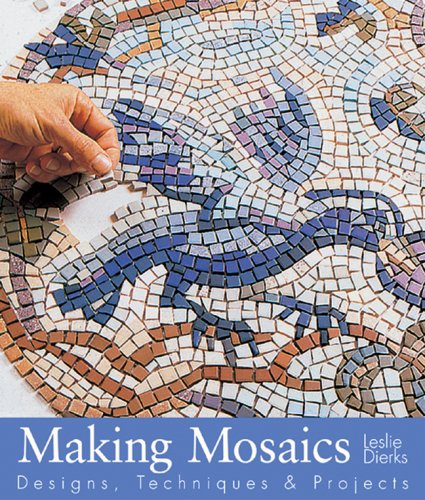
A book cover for Making Mosaics: Designs, Techniques & Projects; Leslie Dierks; Arts & Photography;